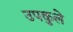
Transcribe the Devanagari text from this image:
उपकुले